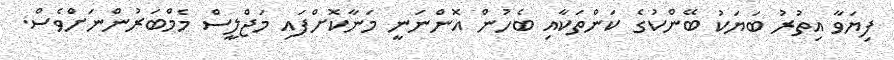
ފިޔަވާ އިތުރު ބަޔަކު ބޭންކުގެ ކަންތަކާއި ބެހުން އޮންނަނީ މަނާކޮށްފައި މަޖްލީސް މެމްބަރުންނަށްވެސް.